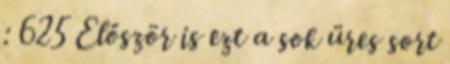
: 625 Először is ezt a sok üres sort